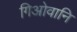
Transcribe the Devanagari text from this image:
गिओवानि